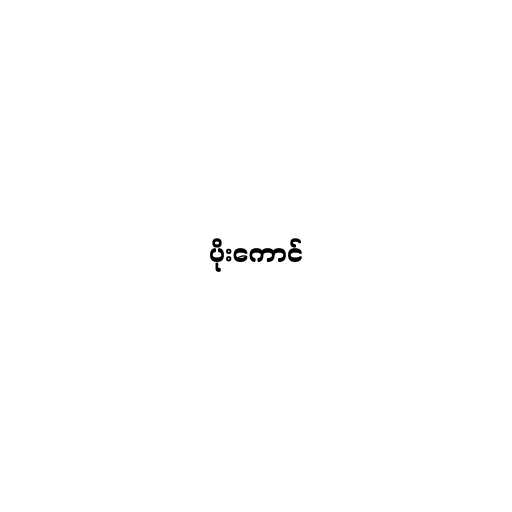
ပိုးကောင်